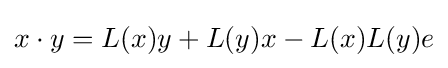
x\cdot y=L(x)y+L(y)x-L(x)L(y)e